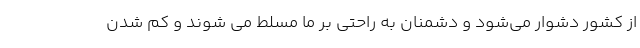
از کشور دشوار می‌شود و دشمنان به راحتی بر ما مسلط می شوند و کم شدن